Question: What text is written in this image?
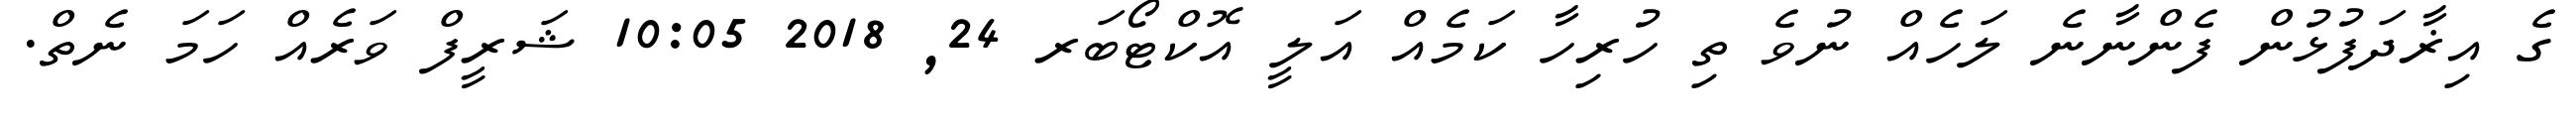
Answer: ގެ އިޜާދަފުޅުން ފެންނާނެ ލަހެއް ނުވެ ތި ހުރިހާ ކަމެއް އަލީ އޮކްޓޯބަރ 24, 2018 10:05 ޝަރީފް ވަރެއް ހަމަ ނެތް.